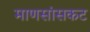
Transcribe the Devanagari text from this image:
माणसांसकट